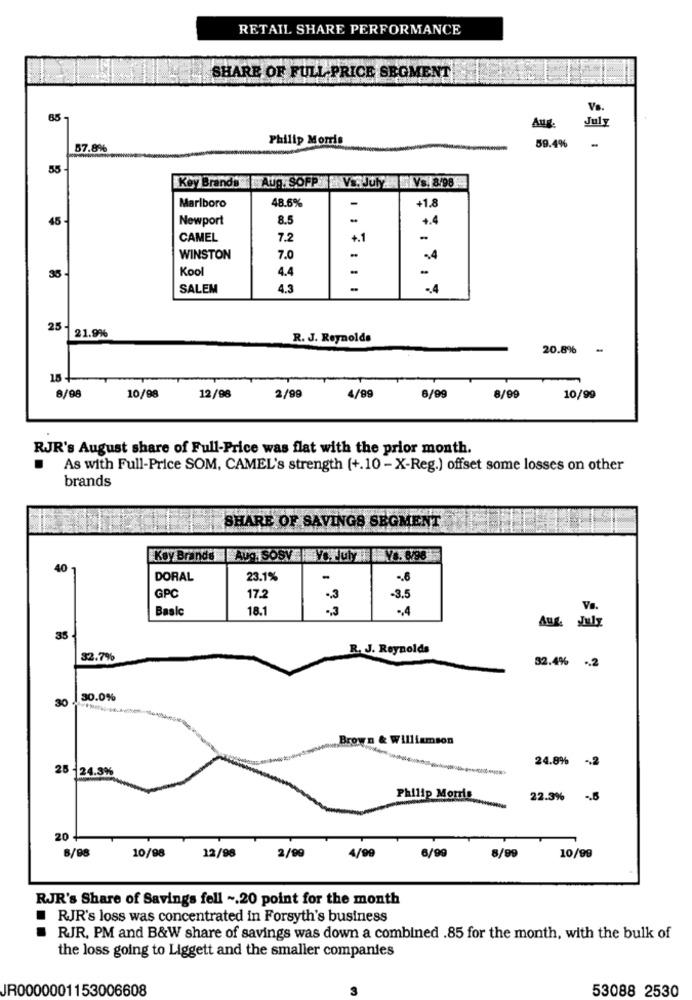
RETAIL SHARE PERFORMANCE
SHARE OF FULL PRICE SEGMENT
Va.
65
July
Aug.
Philip Morris
57.8%
59.4%
55
Key Brands |Aug. SOPP VS. July Vs. 8/98
48.6%
Marlboro
-
+1.8
45
Newport
8.5
+.4
CAMEL
7.2
+.1
WINSTON
7.0
Kool
4.4
-
35
SALEM
4.3
.. 4
25
21.9%
R. J. Reynolds
20.8%
-
15 +
8/98
8/99
10/98
12/98
2/99
4/99
6/99
10/99
RJR's August share of Full-Price was flat with the prior month.
.
As with Full-Price SOM, CAMEL's strength (+.10 - X-Reg.) offset some losses on other
brands
SHARE OF SAVINGS SEGMENT
Key Brands |Aug, SOSV | Vo. July Vs. 6/98
40
DORAL
23.1%
-
-. 6
GPC
17.2
.. 3
-3.5
Baalc
18.1
., 4
35
R. J. Reynolds
32.7%
32.4% .2
30.0%
30 0
Brown & Williamson
24.8%
.. 2
25 -24.3%
Philip Morris
22.3% -6
20 +
8/98
10/98
12/98
2/99
4/99
6/99
8/99
10/99
RJR's Share of Savings fell ~. 20 point for the month
RJR's loss was concentrated in Forsyth's business
RJR. PM and B&W share of savings was down a combined .85 for the month, with the bulk of
the loss going to Liggett and the smaller companies
JR0000001153006608
53088 2530